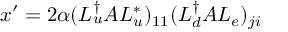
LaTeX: x ^ { \prime } = 2 \alpha ( L _ { u } ^ { \dag } { \cal A } L _ { u } ^ { * } ) _ { 1 1 } ( L _ { d } ^ { \dag } { \cal A } L _ { e } ) _ { j i }